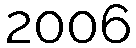
2006